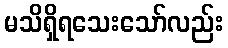
မသိရှိရသေးသော်လည်း